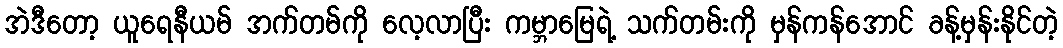
အဲဒီတော့ ယူရေနီယမ် အက်တမ်ကို လေ့လာပြီး ကမ္ဘာမြေရဲ့ သက်တမ်းကို မှန်ကန်အောင် ခန့်မှန်းနိုင်တဲ့